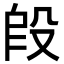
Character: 𬆣